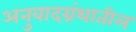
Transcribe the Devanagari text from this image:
अनुवादग्रंथातील